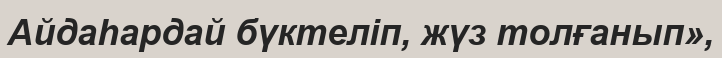
Айдаһардай бүктеліп, жүз толғанып»,